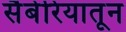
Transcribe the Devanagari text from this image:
सैबेरियातून